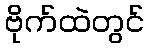
ဗိုက်ထဲတွင်